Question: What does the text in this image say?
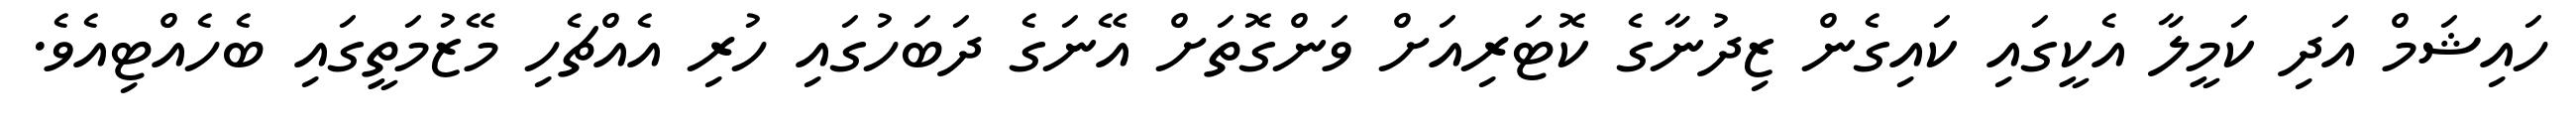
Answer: ހައިޝަމް އަދި ކަމީލާ އެކީގައި ކައިގެން ޒިދުނާގެ ކޮޓަރިއަށް ވަންގޮތަށް އޭނަގެ ދަބަހުގައި ހުރި އެއްޗެހި މޭޒުމަތީގައި ބެހެއްޓިއެވެ.